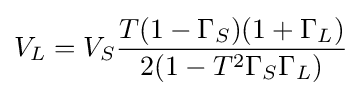
V_{L}=V_{S}{\frac {T(1-\Gamma _{S})(1+\Gamma _{L})}{2(1-T^{2}\Gamma _{S}\Gamma _{L})}}